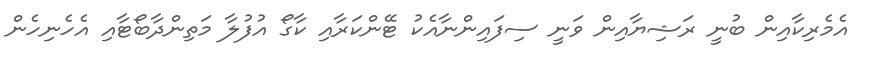
އެމެރިކާއިން ބުނީ ރަޝިޔާއިން ވަނީ ސިފައިންނާއެކު ޓޭންކަރާއި ކާގޯ އުފުލާ މަތިންދާބޯޓާއި އެހެނިހެން